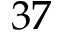
^ Ḋ 3 7 Ḍ